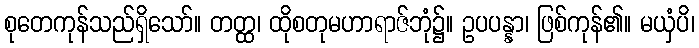
စုတေကုန်သည်ရှိသော်။ တတ္ထ၊ ထိုစတုမဟာရာဇ်ဘုံ၌။ ဥပပန္နာ၊ ဖြစ်ကုန်၏။ မယှံပိ၊